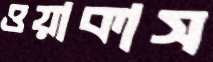
ওয়াকাস